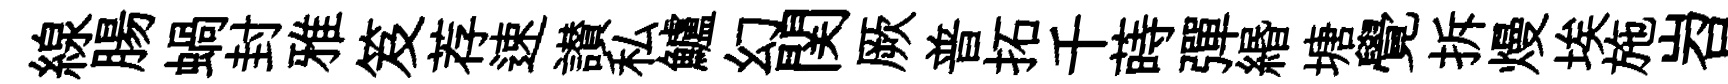
線腸蝸封雅笈荐速讃私鱸幻関厥普拓千蒔彈緡塘覺拆熳埃施岧